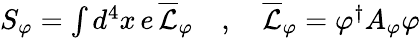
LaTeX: \begin{array}{r}{S_{\varphi}=\int d^{4}x\, e\, \overline{{\mathcal{L}}}_{\varphi}\quad,\quad\overline{{\mathcal{L}}}_{\varphi}=\varphi^{\dagger}A_{\varphi}\varphi}\end{array}